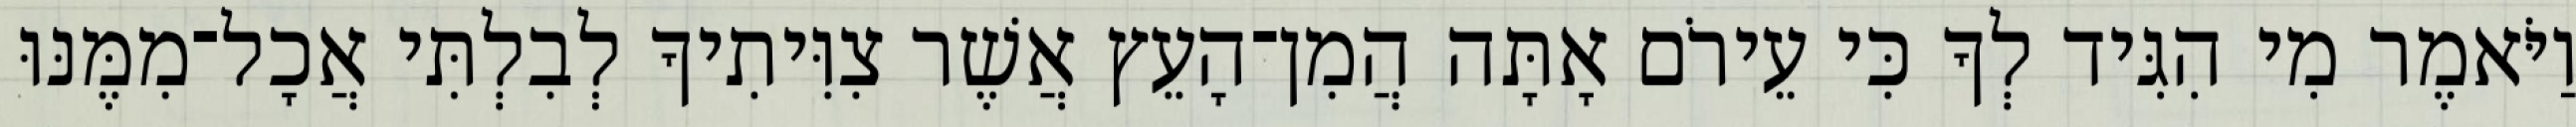
וַיֹּאמֶר מִי הִגִּיד לְךָ כִּי עֵירֹם אָתָּה הֲמִן־הָעֵץ אֲשֶׁר צִוִּיתִיךָ לְבִלְתִּי אֲכָל־מִמֶּנּוּ